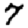
Digit: 7